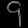
Digit: ၄